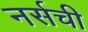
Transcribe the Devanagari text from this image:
नर्सची